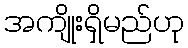
အကျိုးရှိမည်ဟု